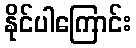
နိုင်ပါကြောင်း